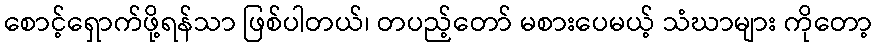
စောင့်ရှောက်ဖို့ရန်သာ ဖြစ်ပါတယ်၊ တပည့်တော် မစားပေမယ့် သံဃာများ ကိုတော့